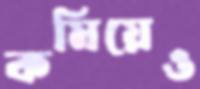
কমিয়েও